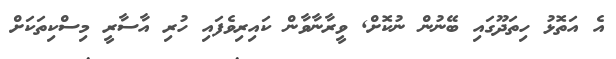
އެ އަތޮޅު ހިތަދޫގައި ބޭނުން ނުކޮށް